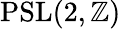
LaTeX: \operatorname{PSL}(2,\mathbb{Z})